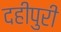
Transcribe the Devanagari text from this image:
दहीपुरी